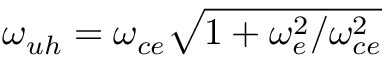
\omega _ { u h } = \omega _ { c e } \sqrt { 1 + \omega _ { e } ^ { 2 } / \omega _ { c e } ^ { 2 } }